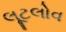
લૂટલોવ